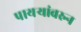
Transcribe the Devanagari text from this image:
पायऱ्यांवरुन